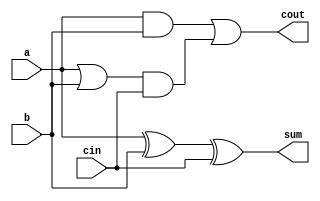
`ifndef FADDER_1BIT
`define FADDER_1BIT
    module fadder_1bit(
        output sum,
        output cout,
        input a,
        input b,
        input cin);

        assign sum = a ^ b ^ cin;
        assign cout = a&b | (a|b)&cin;

    endmodule
`endif